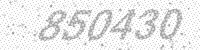
Solution: 850430